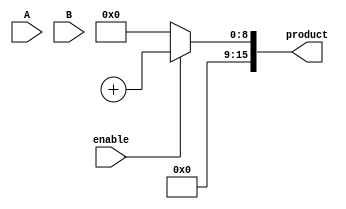
module wallace_tree_multiplier #(parameter N = 8) (
    input wire [N-1:0] A,
    input wire [N-1:0] B,
    input wire enable,
    output reg [2*N-1:0] product
);

    // Partial product generation
    wire [N-1:0] pp [0:N-1]; // Partial products
    genvar i, j;
    generate
        for (i = 0; i < N; i = i + 1) begin : gen_partial_products
            assign pp[i] = A & {N{B[i]}};
        end
    endgenerate

    // Wallace tree reduction
    wire [N-1:0] sum [0:N-1]; // Sums at each stage
    wire [N-1:0] carry [0:N-1]; // Carries at each stage

    // Initial stage: direct assignment of partial products
    assign sum[0] = pp[0];
    assign carry[0] = 0;

    // Reduction stages
    genvar stage;
    generate
        for (stage = 0; stage < N-1; stage = stage + 1) begin : reduction_stage
            for (i = 0; i < (N >> (stage + 1)); i = i + 1) begin : adders
                wire [N-1:0] a, b, c;
                assign a = sum[stage][(i*2)*N +: N];
                assign b = sum[stage][(i*2 + 1)*N +: N];
                assign c = carry[stage][(i*2)*N +: N];

                // Half adder for the first two bits
                if (i < (N >> (stage + 1))) begin
                    assign sum[stage + 1][i*N +: N] = a ^ b;
                    assign carry[stage + 1][i*N +: N] = (a & b) | (c & (a ^ b));
                end
            end
        end
    endgenerate

    // Final addition
    wire [2*N-1:0] final_sum;
    wire [2*N-1:0] final_carry;

    assign final_sum = sum[N-1] + carry[N-1];

    // Output assignment
    always @(*) begin
        if (enable) begin
            product = final_sum;
        end else begin
            product = 0;
        end
    end

endmodule